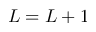
L = L + 1